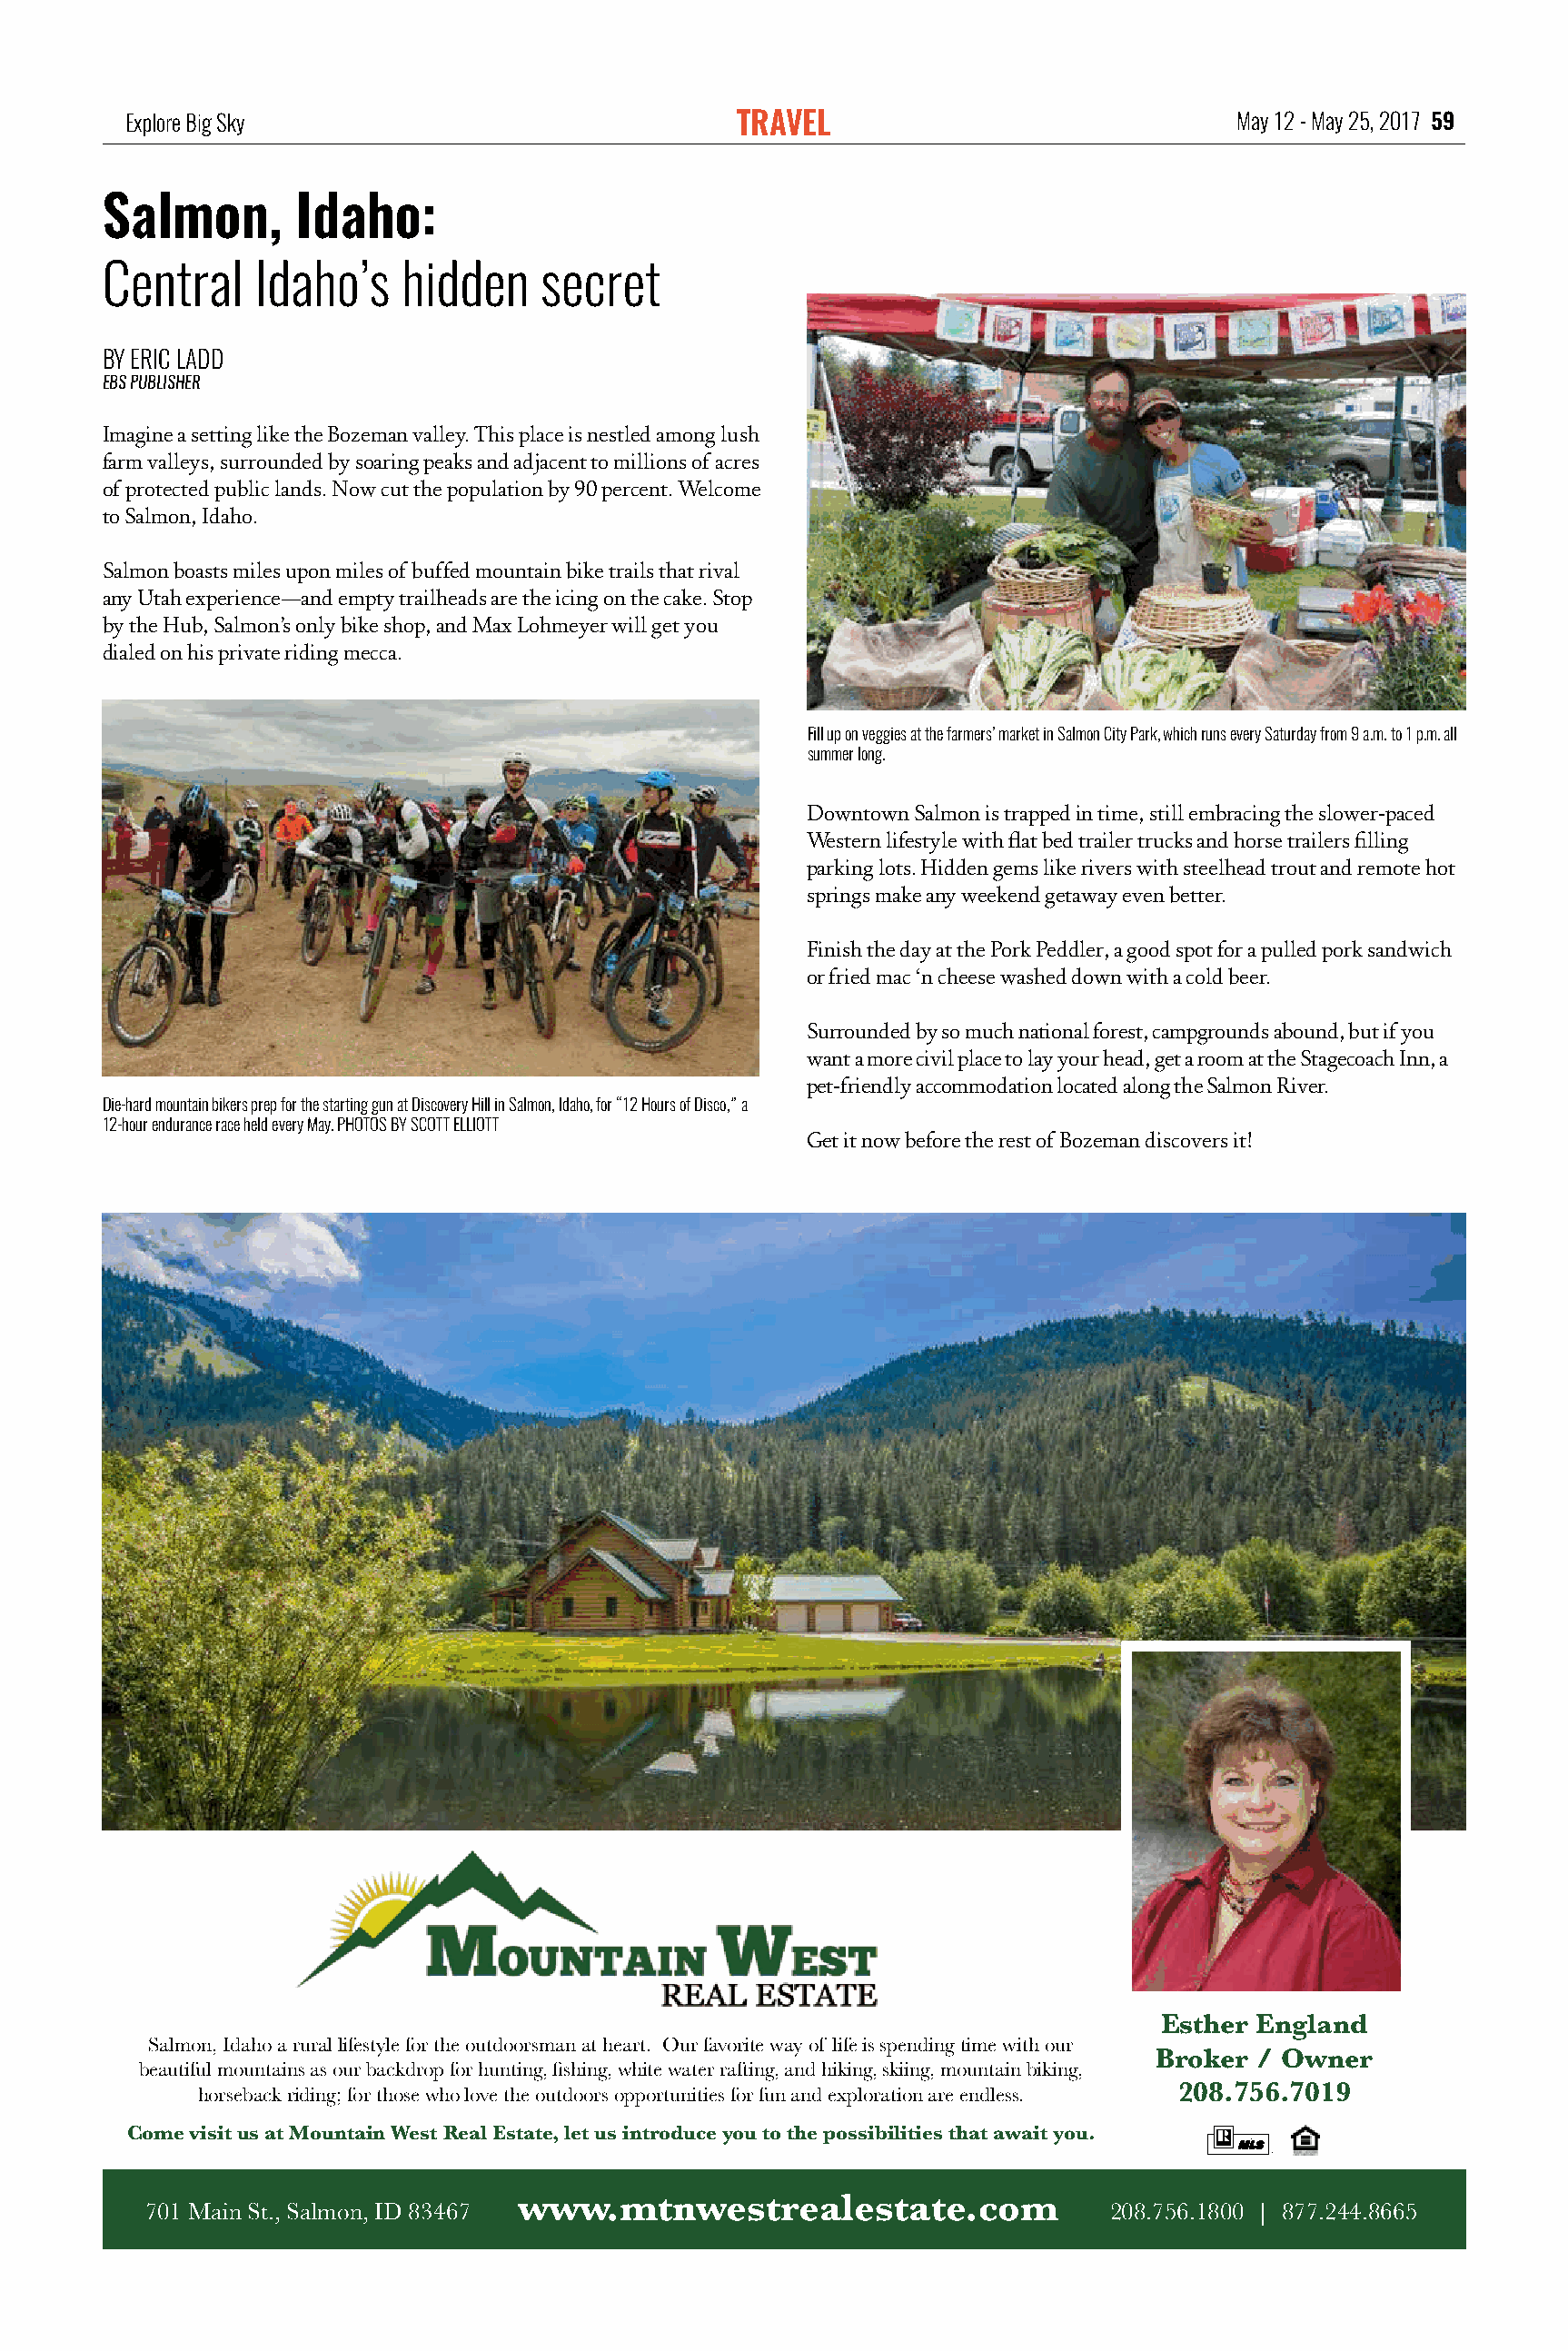
Explore Big Sky                              TRAVEL                              May 12 - May 25, 2017 59
 Salmon,        Idaho:
 Central     Idaho’s   hidden    secret
 BY ERIC LADD
 EBS PUBLISHER
 Imagine a setting like the Bozeman valley. This place is nestled among lush
 farm valleys, surrounded by soaring peaks and adjacent to millions of acres
 of protected public lands. Now cut the population by 90 percent. Welcome
 to Salmon, Idaho.
 Salmon boasts miles upon miles of buffed mountain bike trails that rival
 any Utah experience—and empty trailheads are the icing on the cake. Stop
 by the Hub, Salmon’s only bike shop, and Max Lohmeyer will get you
 dialed on his private riding mecca.
 Fill up on veggies at the farmers’ market in Salmon City Park, which runs every Saturday from 9 a.m. to 1 p.m. all
 summer long.
 Downtown Salmon is trapped in time, still embracing the slower-paced
 Western lifestyle with flat bed trailer trucks and horse trailers filling
 parking lots. Hidden gems like rivers with steelhead trout and remote hot
 springs make any weekend getaway even better.
 Finish the day at the Pork Peddler, a good spot for a pulled pork sandwich
 or fried mac ‘n cheese washed down with a cold beer.
 Surrounded by so much national forest, campgrounds abound, but if you
 want a more civil place to lay your head, get a room at the Stagecoach Inn, a
 pet-friendly accommodation located along the Salmon River.
 Die-hard mountain bikers prep for the starting gun at Discovery Hill in Salmon, Idaho, for “12 Hours of Disco,” a
 12-hour endurance race held every May. PHOTOS BY SCOTT ELLIOTT
 Get it now before the rest of Bozeman discovers it!
 Esther England
 Salmon, Idaho a rural lifestyle for the outdoorsman at heart. Our favorite way of life is spending time with our
 Broker  / Owner
 beautiful mountains as our backdrop for hunting, fishing, white water rafting, and hiking, skiing, mountain biking,
 horseback riding; for those who love the outdoors opportunities for fun and exploration are endless. 208.756.7019
 Come visit us at Mountain West Real Estate, let us introduce you to the possibilities that await you.
 www.mtnwestrealestate.com
 701 Main St., Salmon, ID 83467                                        208.756.1800 | 877.244.8665